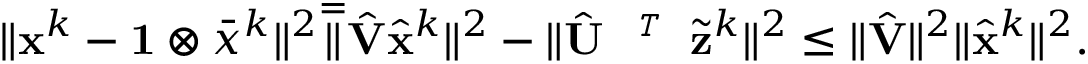
\begin{array} { r } { \| { \mathbf { x } } ^ { k } - \mathbf { 1 } \otimes \bar { x } ^ { k } \| ^ { 2 } \overset { = } \| \hat { { \mathbf { V } } } \hat { { \mathbf { x } } } ^ { k } \| ^ { 2 } - \| \hat { { \mathbf { U } } } ^ { \textit { \footnotesize \texttt { T } } } \tilde { { \mathbf { z } } } ^ { k } \| ^ { 2 } \leq \| \hat { { \mathbf { V } } } \| ^ { 2 } \| \hat { { \mathbf { x } } } ^ { k } \| ^ { 2 } . } \end{array}